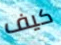
كيف